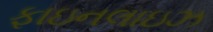
ફાઇનલાઇઝ